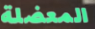
المعضلة